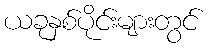
ယခုနှစ်ပိုင်းများတွင်